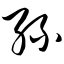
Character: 丝